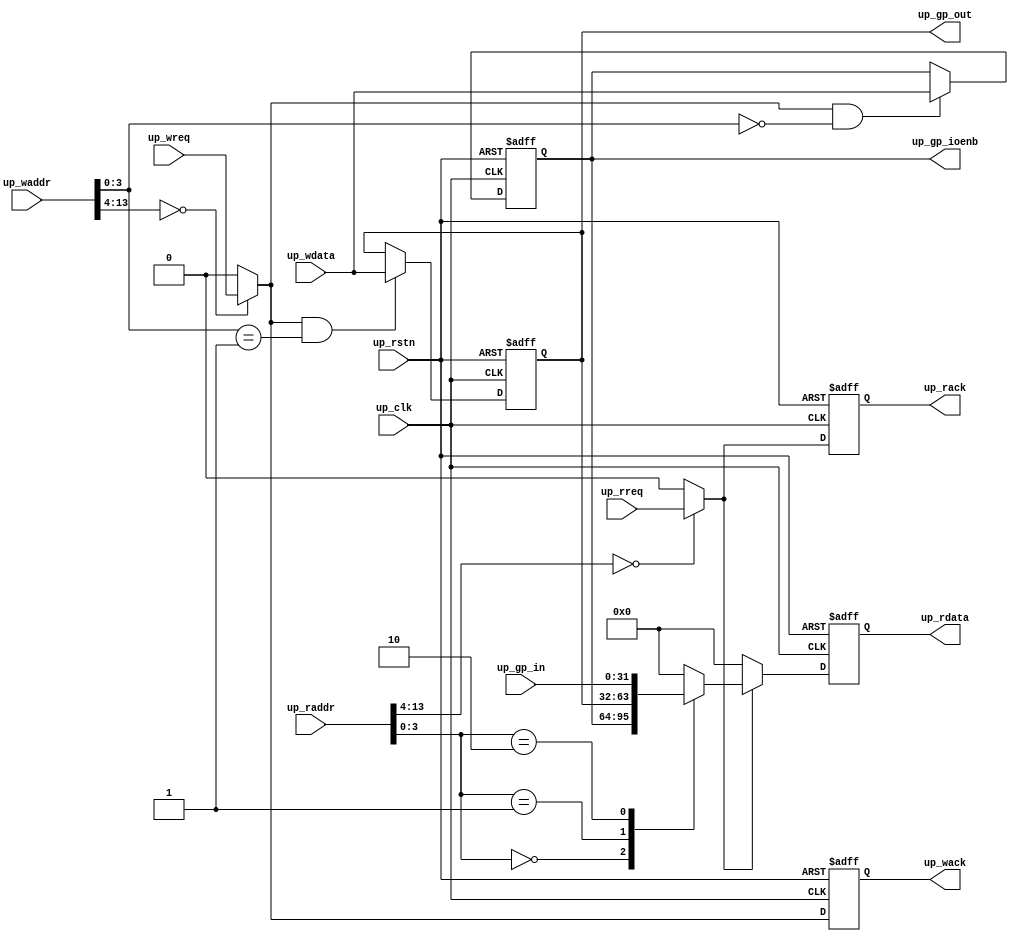
// ***************************************************************************
// ***************************************************************************
// Copyright 2011(c) Analog Devices, Inc.
// 
// All rights reserved.
// 
// Redistribution and use in source and binary forms, with or without modification,
// are permitted provided that the following conditions are met:
//     - Redistributions of source code must retain the above copyright
//       notice, this list of conditions and the following disclaimer.
//     - Redistributions in binary form must reproduce the above copyright
//       notice, this list of conditions and the following disclaimer in
//       the documentation and/or other materials provided with the
//       distribution.
//     - Neither the name of Analog Devices, Inc. nor the names of its
//       contributors may be used to endorse or promote products derived
//       from this software without specific prior written permission.
//     - The use of this software may or may not infringe the patent rights
//       of one or more patent holders.  This license does not release you
//       from the requirement that you obtain separate licenses from these
//       patent holders to use this software.
//     - Use of the software either in source or binary form, must be run
//       on or directly connected to an Analog Devices Inc. component.
//    
// THIS SOFTWARE IS PROVIDED BY ANALOG DEVICES "AS IS" AND ANY EXPRESS OR IMPLIED WARRANTIES,
// INCLUDING, BUT NOT LIMITED TO, NON-INFRINGEMENT, MERCHANTABILITY AND FITNESS FOR A
// PARTICULAR PURPOSE ARE DISCLAIMED.
//
// IN NO EVENT SHALL ANALOG DEVICES BE LIABLE FOR ANY DIRECT, INDIRECT, INCIDENTAL, SPECIAL,
// EXEMPLARY, OR CONSEQUENTIAL DAMAGES (INCLUDING, BUT NOT LIMITED TO, INTELLECTUAL PROPERTY
// RIGHTS, PROCUREMENT OF SUBSTITUTE GOODS OR SERVICES; LOSS OF USE, DATA, OR PROFITS; OR 
// BUSINESS INTERRUPTION) HOWEVER CAUSED AND ON ANY THEORY OF LIABILITY, WHETHER IN CONTRACT,
// STRICT LIABILITY, OR TORT (INCLUDING NEGLIGENCE OR OTHERWISE) ARISING IN ANY WAY OUT OF 
// THE USE OF THIS SOFTWARE, EVEN IF ADVISED OF THE POSSIBILITY OF SUCH DAMAGE.
// ***************************************************************************
// ***************************************************************************

`timescale 1ns/100ps

module axi_gpreg_io (

  // gpio

  up_gp_ioenb,
  up_gp_out,
  up_gp_in,

  // bus interface

  up_rstn,
  up_clk,
  up_wreq,
  up_waddr,
  up_wdata,
  up_wack,
  up_rreq,
  up_raddr,
  up_rdata,
  up_rack);

  // parameters

  parameter   ID = 0;

  // gpio

  output  [31:0]  up_gp_ioenb;
  output  [31:0]  up_gp_out;
  input   [31:0]  up_gp_in;

  // bus interface

  input           up_rstn;
  input           up_clk;
  input           up_wreq;
  input   [13:0]  up_waddr;
  input   [31:0]  up_wdata;
  output          up_wack;
  input           up_rreq;
  input   [13:0]  up_raddr;
  output  [31:0]  up_rdata;
  output          up_rack;

  // internal registers

  reg             up_wack = 'd0;
  reg     [31:0]  up_gp_ioenb = 'd0;
  reg     [31:0]  up_gp_out = 'd0;
  reg             up_rack = 'd0;
  reg     [31:0]  up_rdata = 'd0;

  // internal signals

  wire            up_wreq_s;
  wire            up_rreq_s;

  // decode block select

  assign up_wreq_s = (up_waddr[13:4] == ID) ? up_wreq : 1'b0;
  assign up_rreq_s = (up_raddr[13:4] == ID) ? up_rreq : 1'b0;

  // processor write interface

  always @(negedge up_rstn or posedge up_clk) begin
    if (up_rstn == 0) begin
      up_wack <= 'd0;
      up_gp_ioenb <= {32{1'b1}};
      up_gp_out <= 'd0;
    end else begin
      up_wack <= up_wreq_s;
      if ((up_wreq_s == 1'b1) && (up_waddr[3:0] == 4'h0)) begin
        up_gp_ioenb <= up_wdata;
      end
      if ((up_wreq_s == 1'b1) && (up_waddr[3:0] == 4'h1)) begin
        up_gp_out <= up_wdata;
      end
    end
  end

  // processor read interface

  always @(negedge up_rstn or posedge up_clk) begin
    if (up_rstn == 0) begin
      up_rack <= 'd0;
      up_rdata <= 'd0;
    end else begin
      up_rack <= up_rreq_s;
      if (up_rreq_s == 1'b1) begin
        case (up_raddr[3:0])
          4'b0000: up_rdata <= up_gp_ioenb;
          4'b0001: up_rdata <= up_gp_out;
          4'b0010: up_rdata <= up_gp_in;
          default: up_rdata <= 32'd0;
        endcase
      end else begin
        up_rdata <= 32'd0;
      end
    end
  end

endmodule

// ***************************************************************************
// ***************************************************************************